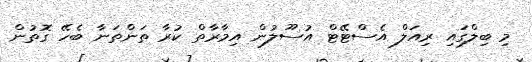
މި ބިލްގައި ރިއަލް އެސްޓޭޓް އުސޫލުން އިމާރާތް ކުރާ ތަންތަނާ ބެހޭ ގޮތުން